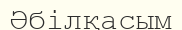
Әбілқасым